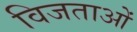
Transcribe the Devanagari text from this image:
विजताओं